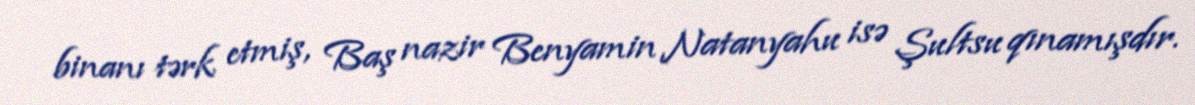
binanı tərk etmiş, Baş nazir Benyamin Natanyahu isə Şultsu qınamışdır.